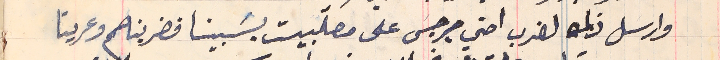
وارسل زلمه لضرب اخي جرجسَ على مصلبيت بسَبينا فضربناهم وعرينا